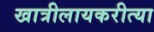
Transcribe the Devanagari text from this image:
खात्रीलायकरीत्या